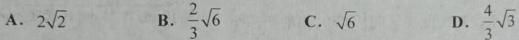
A. \(2\sqrt{2}\) \quad B. \(\frac{2}{3}\sqrt{6}\) \quad C. \(\sqrt{6}\) \quad D. \(\frac{4}{3}\sqrt{3}\)